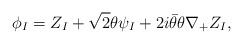
\begin{align*}\phi_I = Z_I + {\sqrt 2}\theta\psi_I+ 2i\bar\theta\theta \nabla_+ Z_I,\end{align*}